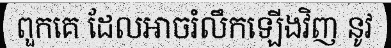
ពួកគេ ដែលអាចរំលឹកឡើងវិញ នូវ